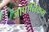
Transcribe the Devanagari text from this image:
जापानिकम